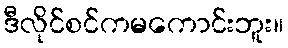
ဒီလိုင်စင်ကမကောင်းဘူး။